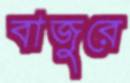
বাজুরে